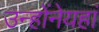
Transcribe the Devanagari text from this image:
उन्होंनेयहां